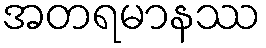
အတရမာနဿ